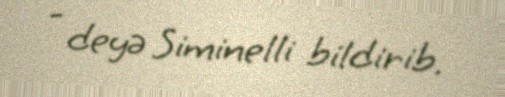
- deyə Siminelli bildirib.